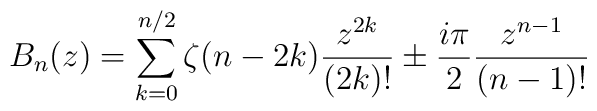
B_n(z) = \sum_{k=0}^{n/2} \zeta(n-2k) \frac{z^{2k}}{(2k)!} \pm\frac{i \pi}{2} \frac{z^{n-1}}{(n-1)!}